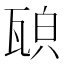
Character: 𤭍